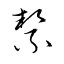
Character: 絜